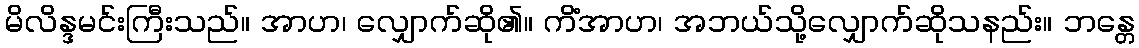
မိလိန္ဒမင်းကြီးသည်။ အာဟ၊ လျှောက်ဆို၏။ ကိံအာဟ၊ အဘယ်သို့လျှောက်ဆိုသနည်း။ ဘန္တေ